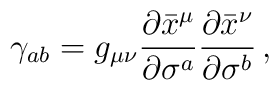
\gamma_{ab}=g_{\mu\nu}\frac{\partial\bar{x}^\mu}{\partial\sigma^a} \frac{\partial\bar{x}^\nu}{\partial\sigma^b} \,,